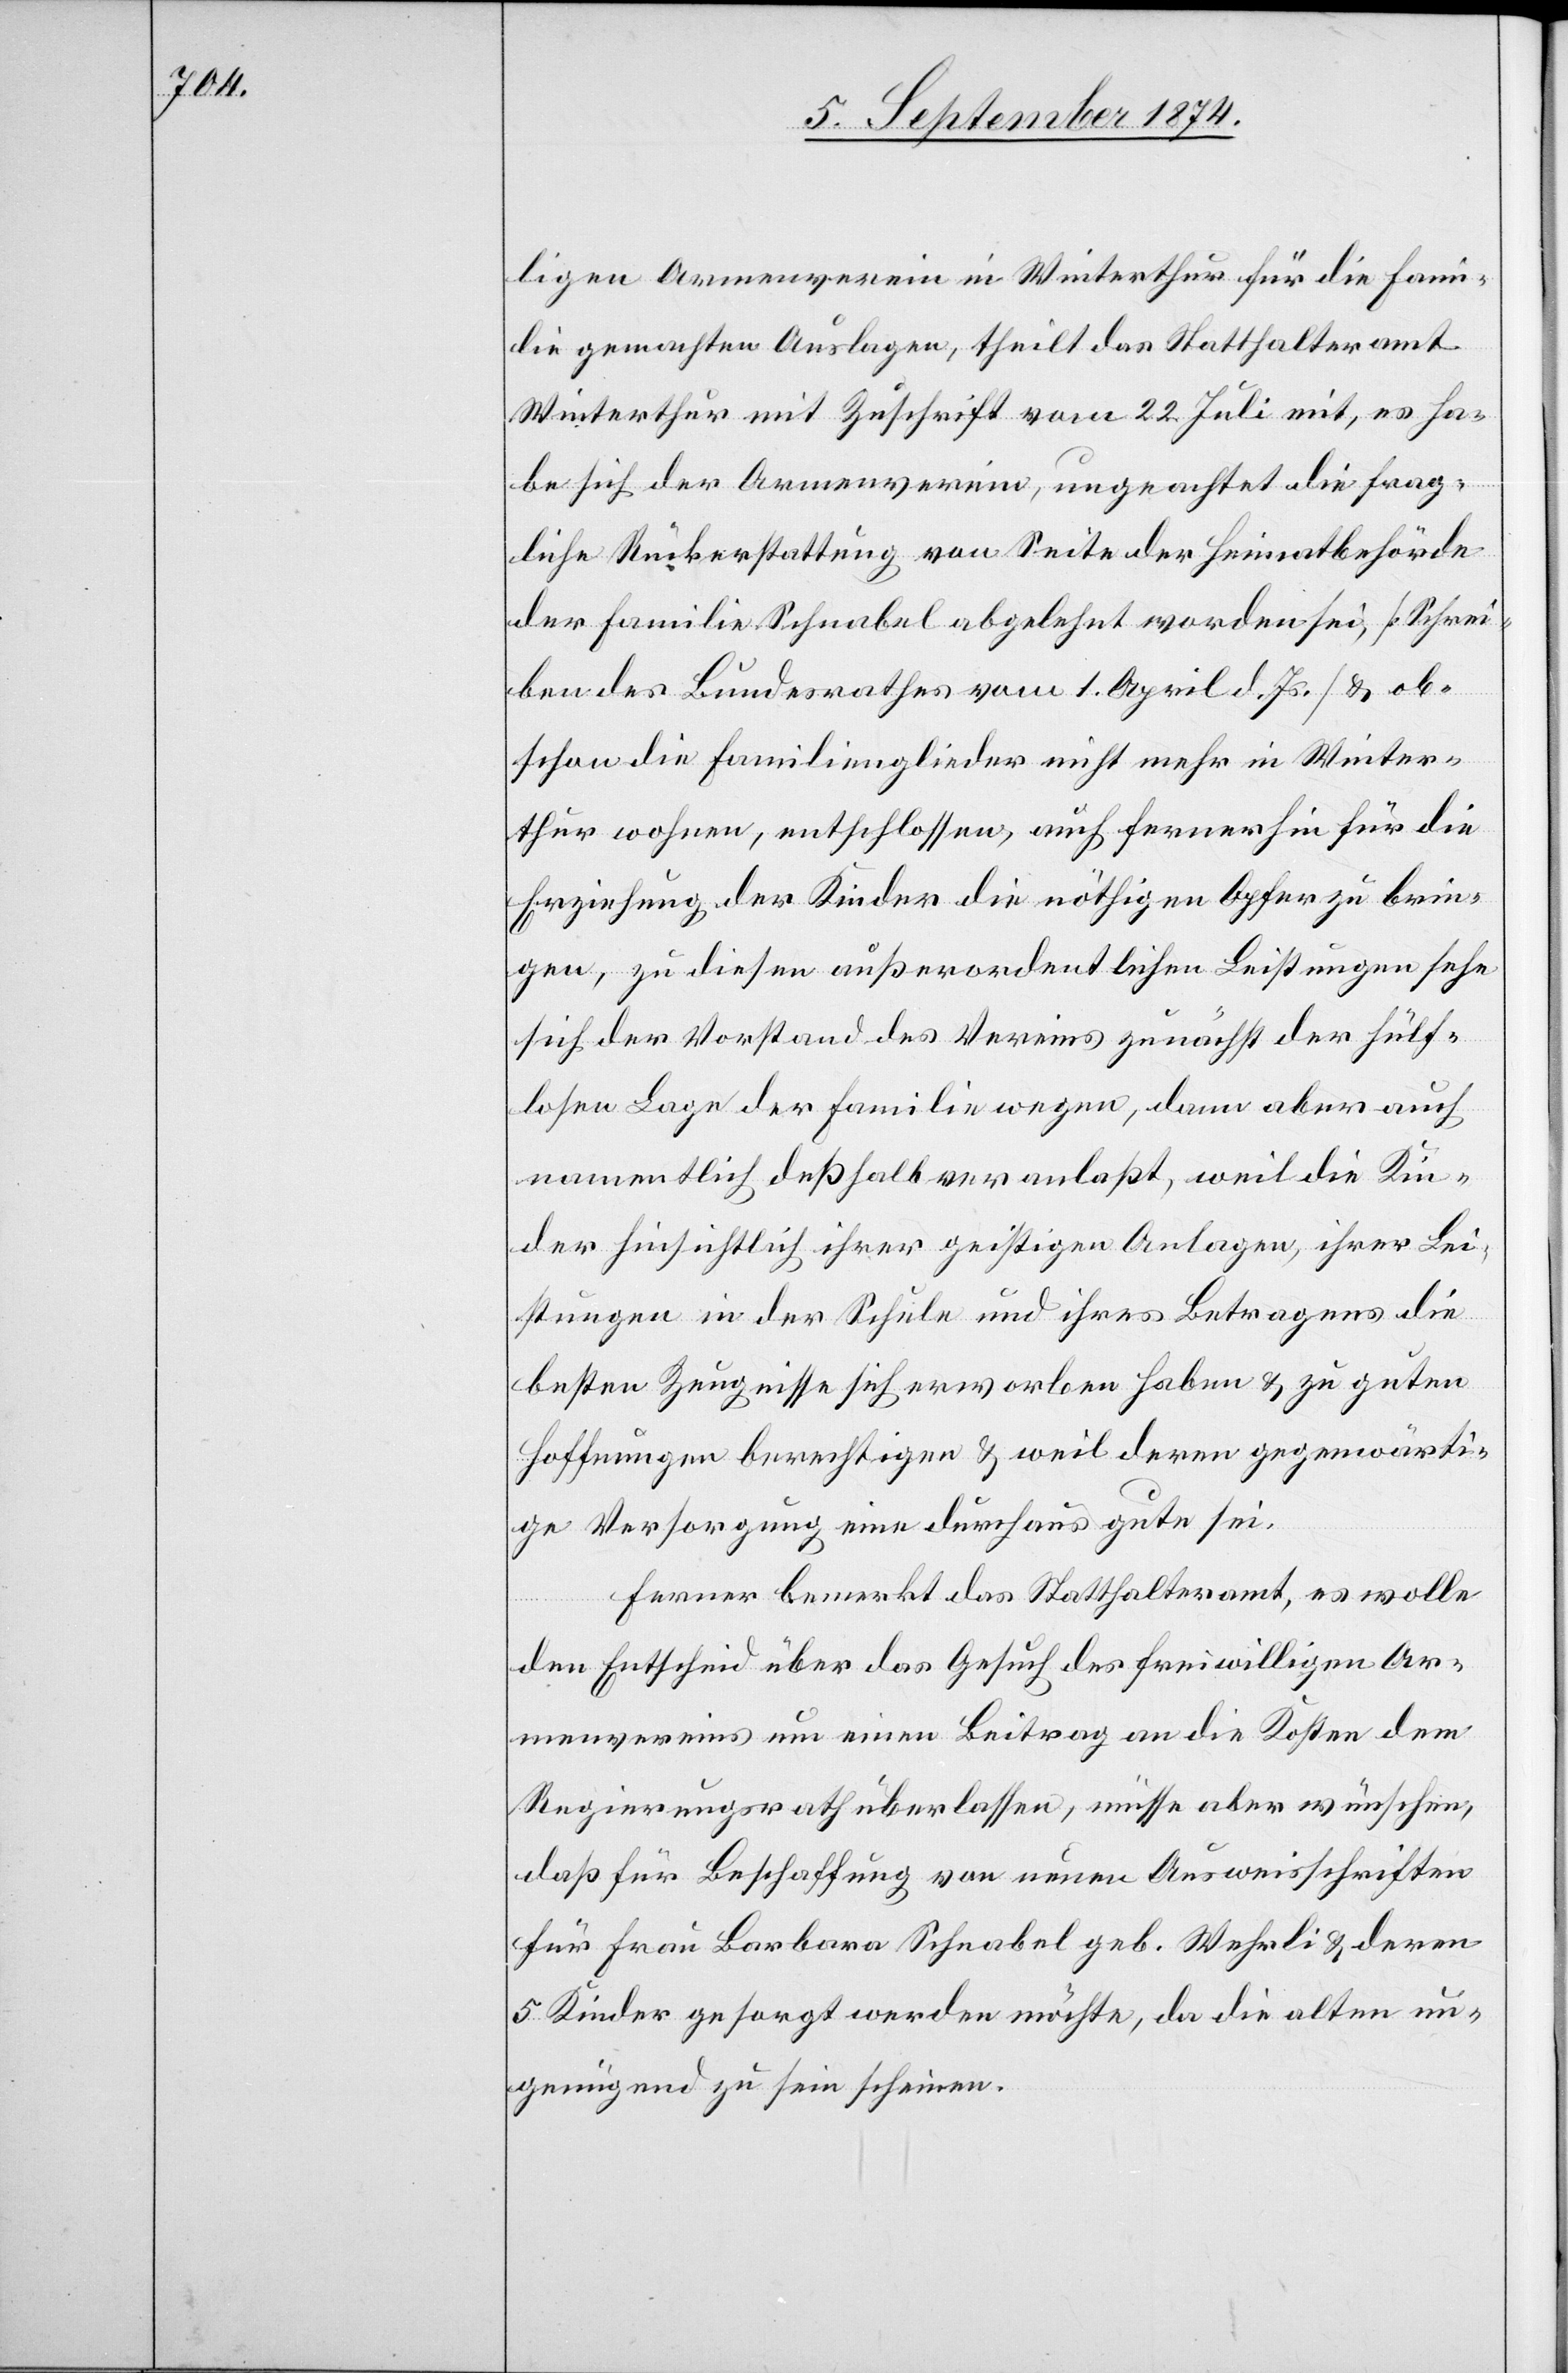
ligen Armenverein in Winterthur für die Fami¬
lie gemachten Auslagen, theilt das Statthalteramt
Winterthur mit Zuschrift vom 22. Juli mit, es ha¬
be sich der Armenverein, ungeachtet die frag¬
liche Rückerstattung von Seite der Heimatbehörde
der Familie Schnabel abgelehnt worden sei, [Schrei¬
ben des Bundesrathes vom 1. April d. Js.] & ob¬
schon die Familienglieder nicht mehr in Winter¬
thur wohnen, entschlossen, auch fernerhin für die
Erziehung der Kinder die nöthigen Opfer zu brin¬
gen, zu diesen außerordentlichen Leistungen sehe
sich der Vorstand des Vereins zunächst der hülf¬
losen Lage der Familie wegen, dann aber auch
namentlich deßhalb veranlaßt, weil die Kin¬
der hinsichtlich ihrer geistigen Anlagen, ihrer Lei¬
stungen in der Schule und ihres Betragens die
besten Zeugnisse sich erworben haben u. zu guten
Hoffnungen berechtigen u. weil deren gegenwärti¬
ge Versorgung eine durchaus gute sei.
Ferner bemerkt das Statthalteramt, es wolle
den Entscheid über das Gesuch des freiwilligen Ar¬
menvereins um einen Beitrag an die Kosten dem
Regierungsrath überlassen, müsse aber wünschen,
daß für Beschaffung von neuen Ausweisschriften
für Frau Barbara Schnabel geb. Wehrli u. deren
5 Kinder gesorgt werden möchte, da die alten un¬
genügend zu sein scheinen.